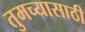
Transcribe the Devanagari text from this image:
तुमच्यासाठी